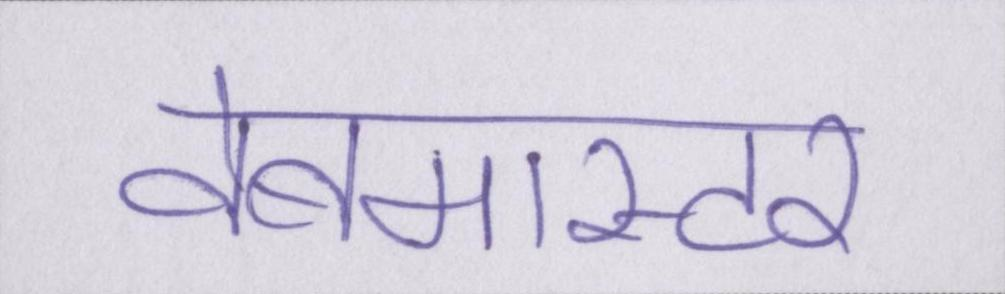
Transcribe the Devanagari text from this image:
वेबमास्टर